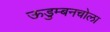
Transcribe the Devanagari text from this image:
ऊडुम्बनचोला